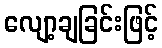
လျော့ချခြင်းဖြင့်